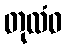
တုလံဝ